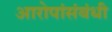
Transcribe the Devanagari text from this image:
आरोपांसंबंधी